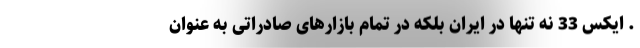
. ایکس 33 نه تنها در ایران بلکه در تمام بازارهای صادراتی به عنوان